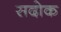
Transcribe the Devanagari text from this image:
सदोक